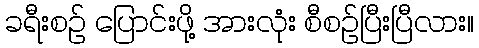
ခရီးစဉ် ပြောင်းဖို့ အားလုံး စီစဉ်ပြီးပြီလား။